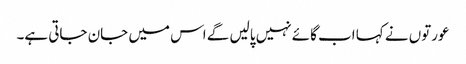
عورتوں نے کہا اب گائے نہیں پالیں گے اس میں جان جاتی ہے۔